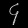
Digit: ၄